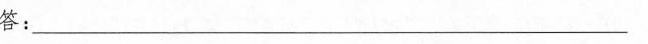
答：______________________________